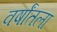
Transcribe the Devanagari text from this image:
वर्षांतला